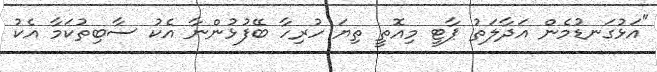
"އަޅުގަނޑުމެން އަދާލަތު ޕާޓީ މިއޮތީ ތިޔަ ހުރިހާ ބޭފުޅުންނާ އެކު ސާބިތުކަމާ އެކު